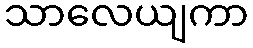
သာလေယျကာ